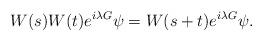
LaTeX: \begin{align*}W(s)W(t)e^{i\lambda G}\psi=W(s+t)e^{i\lambda G}\psi.\end{align*}